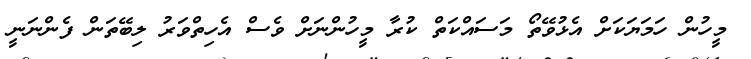
މީހުން ހަމަޔަކަށް އެޅުވޭތޯ މަސައްކަތް ކުރާ މީހުންނަށް ވެސް އެހިތްވަރު ލިބޭތަން ފެންނަނީ